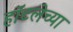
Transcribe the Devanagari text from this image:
हॉटलेच्या